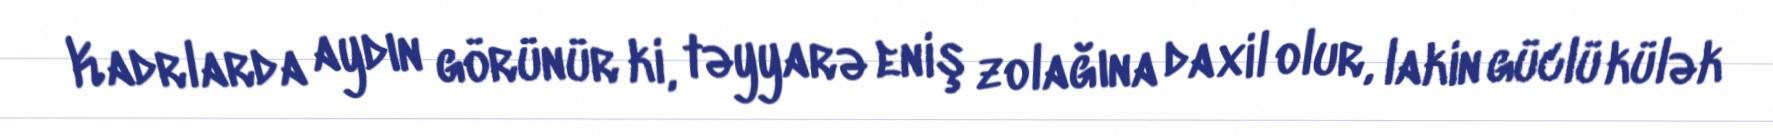
Kadrlarda aydın görünür ki, təyyarə eniş zolağına daxil olur, lakin güclü külək